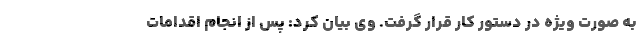
به صورت ویژه در دستور کار قرار گرفت. وی بیان کرد: پس از انجام اقدامات